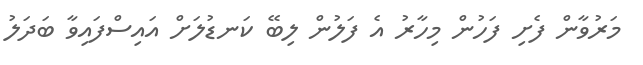
މަރުުވާން ފެށި ފަހުން މިހާރު އެ ފަލުން ލިބޭ ކަނޑުލަށް އައިސްފައިވާ ބަދަލު